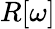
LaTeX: R[\omega]